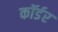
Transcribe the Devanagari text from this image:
कॉर्डर